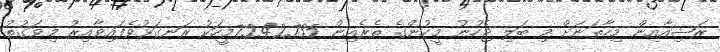
ރަޝިއާއިން މިހާތަނަށް މި ބަލި ޖެހުނު މީހުންގެ ތެރެއިން 7